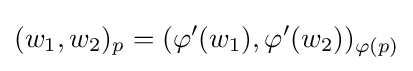
(w_{1},w_{2})_{p}=(\varphi ^{\prime }(w_{1}),\varphi ^{\prime }(w_{2}))_{\varphi (p)}